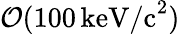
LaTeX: \mathcal{O}(100\, \mathrm{keV/c}^{2})